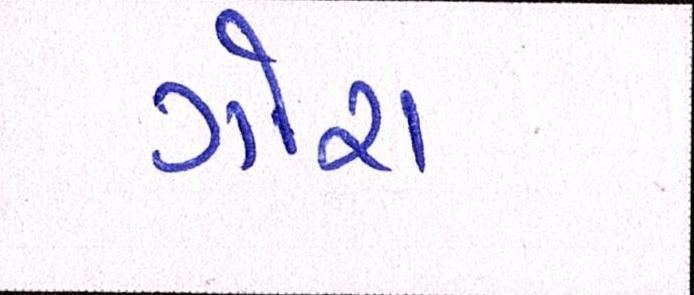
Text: ગોરા